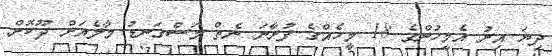
ދިޔަ އިރު އެމީހުންގެ 18 މީހެއްގެ ފުރާނަ ނެތް މަސްގަނޑު މާލެއަށް ދޫކޮށް